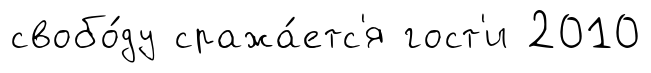
свобо́ду сража́етс'я гост'и 2010